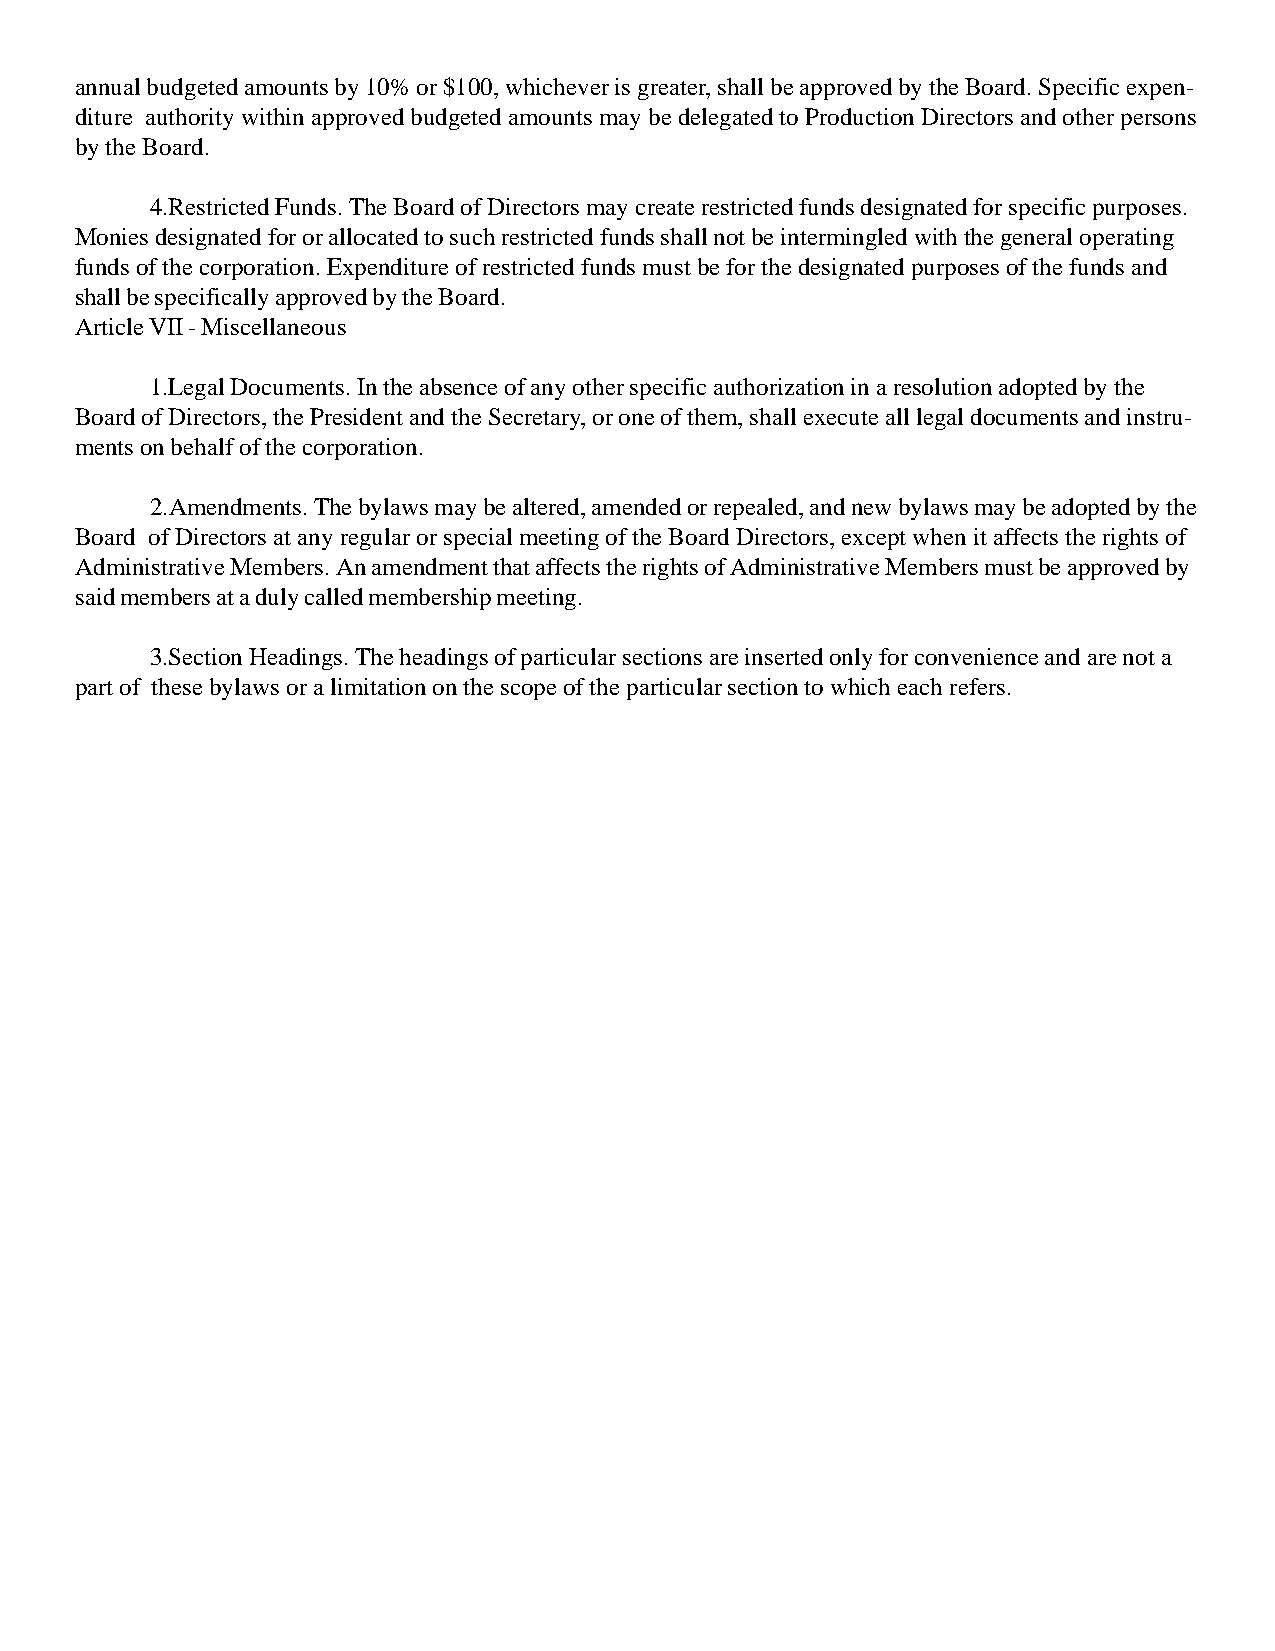
annual budgeted amounts by 10% or $100, whichever is greater, shall be approved by the Board. Specific expen-
 diture authority within approved budgeted amounts may be delegated to Production Directors and other persons
 by the Board.
 4.Restricted Funds. The Board of Directors may create restricted funds designated for specific purposes.
 Monies designated for or allocated to such restricted funds shall not be intermingled with the general operating
 funds of the corporation. Expenditure of restricted funds must be for the designated purposes of the funds and
 shall be specifically approved by the Board.
 Article VII - Miscellaneous
 1.Legal Documents. In the absence of any other specific authorization in a resolution adopted by the
 Board of Directors, the President and the Secretary, or one of them, shall execute all legal documents and instru-
 ments on behalf of the corporation.
 2.Amendments. The bylaws may be altered, amended or repealed, and new bylaws may be adopted by the
 Board of Directors at any regular or special meeting of the Board Directors, except when it affects the rights of
 Administrative Members. An amendment that affects the rights of Administrative Members must be approved by
 said members at a duly called membership meeting.
 3.Section Headings. The headings of particular sections are inserted only for convenience and are not a
 part of these bylaws or a limitation on the scope of the particular section to which each refers.